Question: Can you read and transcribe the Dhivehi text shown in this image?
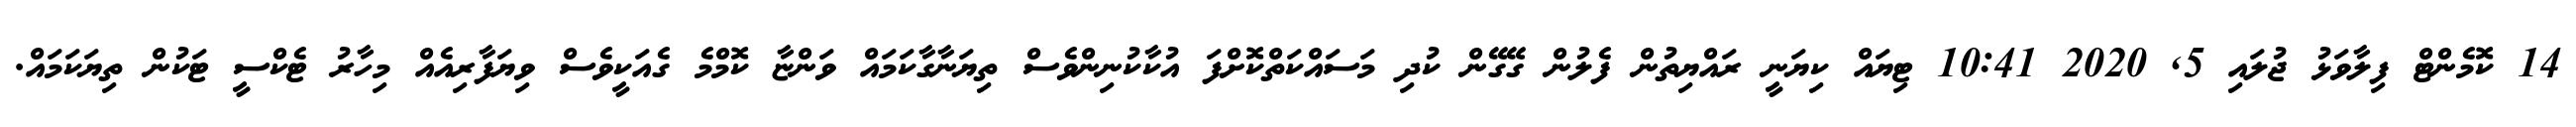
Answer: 14 ކޮމެންޓް ފިލާވަޅު ޖުލައި 5, 2020 10:41 ޓިޔައް ކިޔަނީ ރައްޔިތުން ފެލުން ގޭގޭން ކުދި މަސައްކަތްކޮށްފަ އުކާކުނިންވެސް ތިޔަނާގާކަމައް ވަންޏާ ކޮމްމެ ގެއަކީވެސް ވިޔަފާރިއެއް މިހާރު ޓެކްސީ ޓަކުން ތިޔަކަމައް.